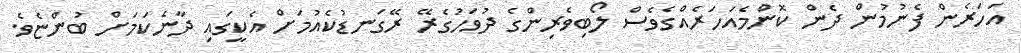
އަހަރެން ފެނުމުން ދެން ކޮންމެއަހަރެއްގެވެސް ލޯބިވެރިންގެ ދުވަހުގެރޭ ރޭގަނޑުކެއުމަށް އެކީގައި ދާނެކަމަށް ބުންޏެވެ.